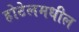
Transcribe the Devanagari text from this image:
होटेलमधील